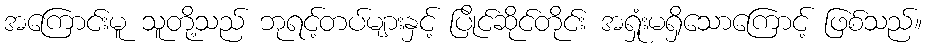
အကြောင်းမူ သူတို့သည် ဘုရင့်တပ်များနှင့် ပြိုင်ဆိုင်တိုင်း အရှုံးမရှိသောကြောင့် ဖြစ်သည်။